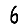
Digit: 6